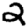
Digit: 2